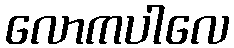
လောကပါလေ